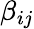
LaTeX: \beta_{ij}